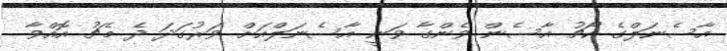
އާސެނަލްގެ ކޯޗު އާސެން ވެންގާ ވަނީ އާސެނަލްއަށް ވަރުގަދަ ދެ މެޗު އޮއްވާ